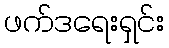
ဖက်ဒရေးရှင်း